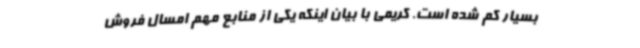
بسیار کم شده است. کریمی با بیان اینکه یکی از منابع مهم امسال فروش